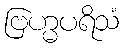
ဗြဟ္မပရိသံ